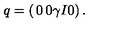
q = \left( \begin{matrix} { 0 } & { 0 } \\ { \gamma I } & { 0 } \\ \end{matrix} \right) .